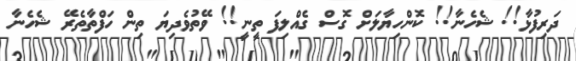
ދަރިފުޅާ!! ޝެހެނާ!! ކޮންހިޔާލަށް ގޮސް ގެއްލިފަ ތީނީ!! ވޭތުވެދިޔަ ތިން ހަފްތާތެރޭ ޝެހެނާ